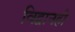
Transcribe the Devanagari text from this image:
विद्वानही